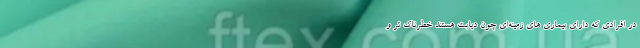
در افرادی که دارای بیماری های زمینه‌ای چون دیابت هستند خطرناک تر و